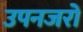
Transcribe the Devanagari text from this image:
उपनजरों